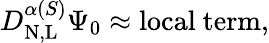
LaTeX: D_{\mathrm{N,L}}^{\alpha(S)}\Psi_{0}\approx\mathrm{{local\ term},}